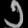
Digit: ၁